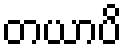
တယာပိ